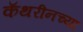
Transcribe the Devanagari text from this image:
कॅथरीनच्या